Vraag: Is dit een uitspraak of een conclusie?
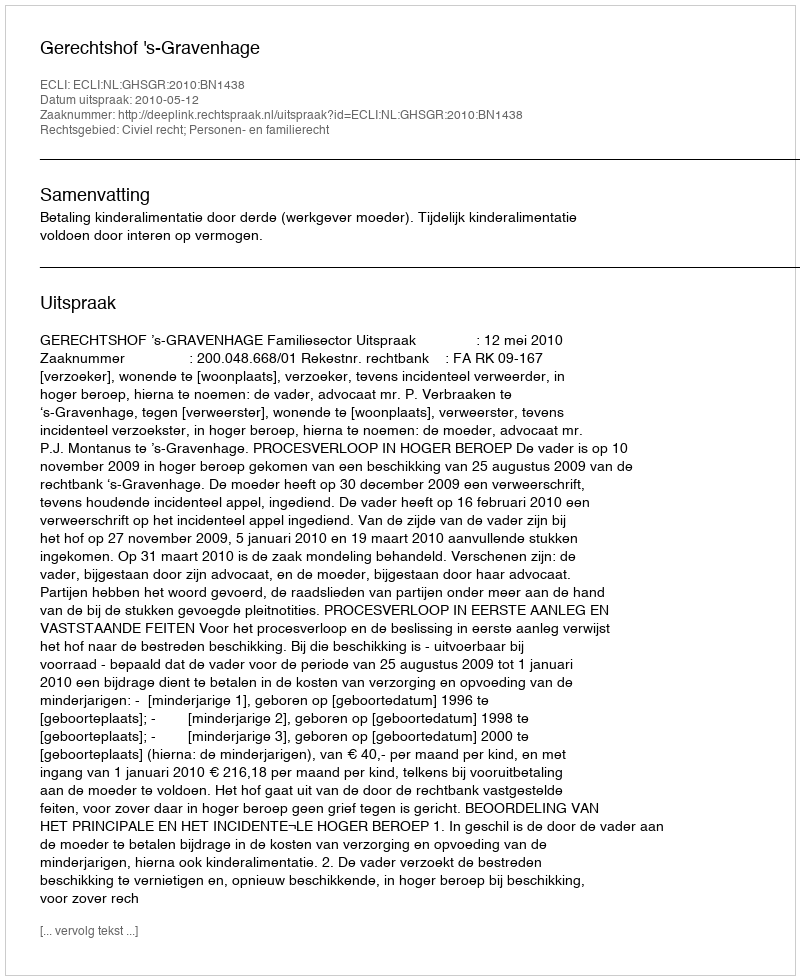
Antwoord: Uitspraak